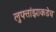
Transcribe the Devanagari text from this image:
लुफ्तांझाकडेच